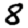
Digit: 8